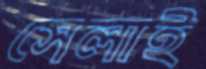
সেলাই